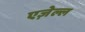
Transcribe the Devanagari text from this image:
एज़ेल्ल